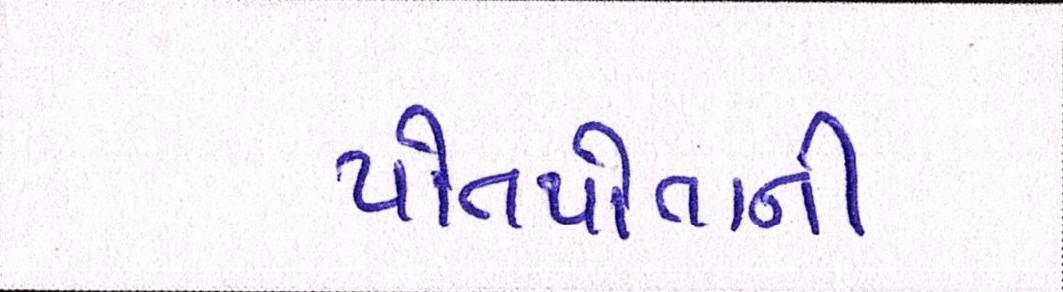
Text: પોતપોતાની